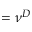
= \nu ^ { D }